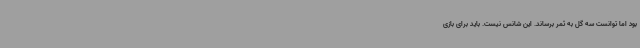
بود اما توانست سه گل به ثمر برساند. این شانس نیست.‌ باید برای بازی